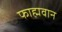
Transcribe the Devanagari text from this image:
फाह्मवान